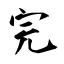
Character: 完